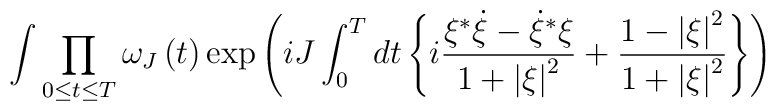
\int {\prod\limits_{0\le t\le T} {\omega _J\left( t \right)}\exp \left({iJ\int_0^T {dt\left\{ {i{{\xi^{*}\dot \xi-{\dot \xi}^{*}\xi}\over{1+\left| \xi\right|^2}}+{{1-\left| \xi \right|^2}\over {1+\left| \xi \right|^2}}}\right\}}} \right)}